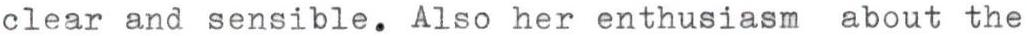
clear and sensible. Also her enthusiasm about the